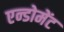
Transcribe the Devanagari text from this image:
एन्डोमेंट